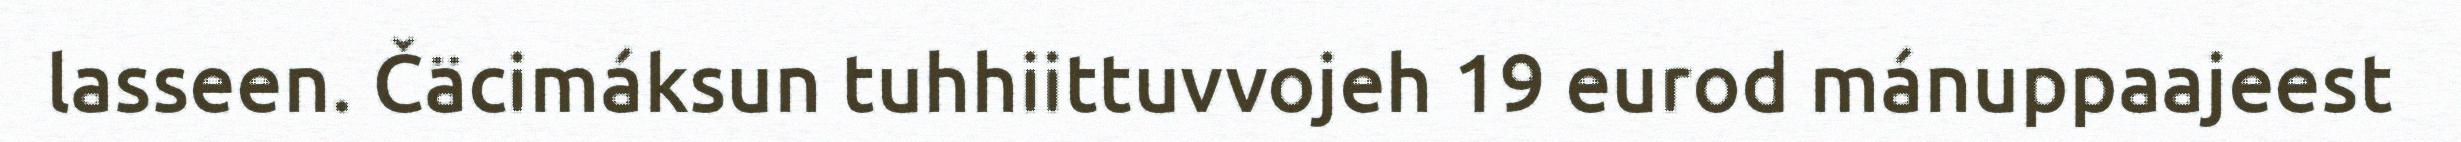
lasseen. Čäcimáksun tuhhiittuvvojeh 19 eurod mánuppaajeest